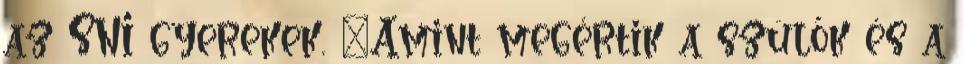
az SNI gyerekek. "Amint megértik a szülők és a